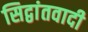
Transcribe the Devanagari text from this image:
सिद्वांतवादी